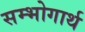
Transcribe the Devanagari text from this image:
सम्भोगार्थ